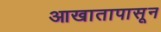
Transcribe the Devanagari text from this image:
आखातापासून